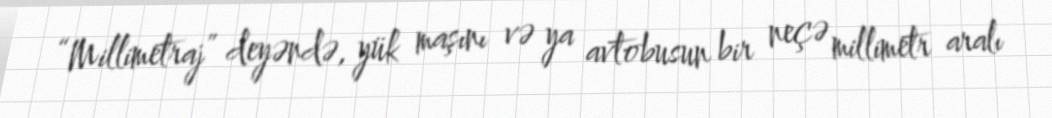
“Millimetraj” deyəndə, yük maşını və ya avtobusun bir neçə millimetr aralı